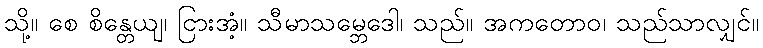
သို့။ စေ စိန္တေယျ၊ ငြားအံ့။ သီမာသမ္ဘေဒေါ၊ သည်။ အကတောဝ၊ သည်သာလျှင်။